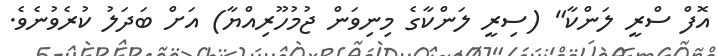
އޮފް ސްރީ ލަންކާ" (ސިރީ ލަންކާގެ މިނިވަން ޖުމުހޫރިއްޔާ) އަށް ބަދަލު ކުރެވުނެވެ.